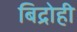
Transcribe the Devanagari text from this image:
बिद्रोही